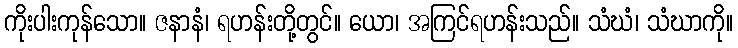
ကိုးပါးကုန်သော။ ဇနာနံ၊ ရဟန်းတို့တွင်။ ယော၊ အကြင်ရဟန်းသည်။ သံဃံ၊ သံဃာကို။